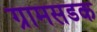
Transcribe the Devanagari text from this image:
ग्रामसडक